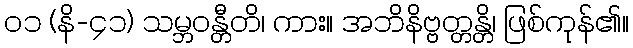
၀၁ (နိ-၄၁) သမ္ဘဝန္တီတိ၊ ကား။ အဘိနိဗ္ဗတ္တန္တိ၊ ဖြစ်ကုန်၏။